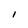
Character: I